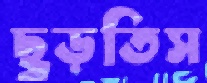
ছুড়তিস